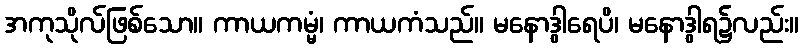
အကုသိုလ်ဖြစ်သော။ ကာယကမ္မံ၊ ကာယကံသည်။ မနောဒွါရေပိ၊ မနောဒွါရ၌လည်း။